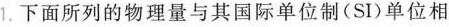
1.下面所列的物理量与其国际单位制(SI)单位相